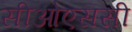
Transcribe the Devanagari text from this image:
सीओएससी